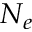
N _ { e }